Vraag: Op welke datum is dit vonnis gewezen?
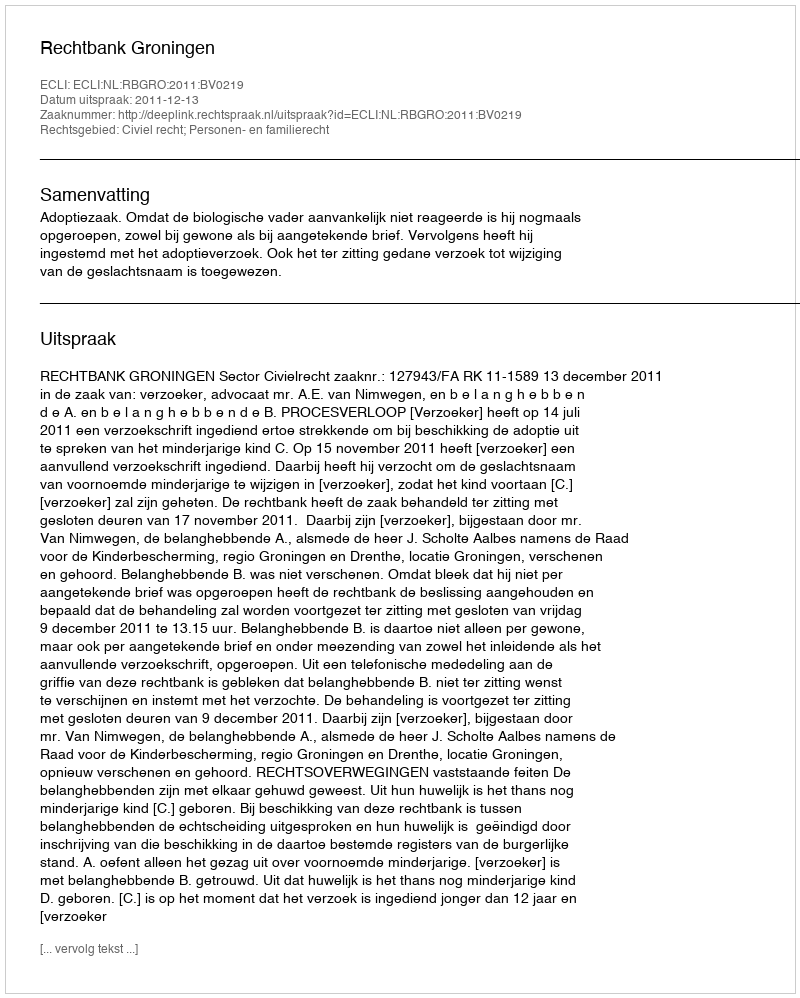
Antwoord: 2011-12-13